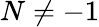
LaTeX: N\ne-1